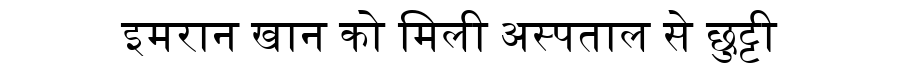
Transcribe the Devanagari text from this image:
इमरान खान को मिली अस्पताल से छुट्टी